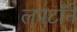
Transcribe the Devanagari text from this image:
लपटाँने